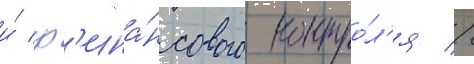
и́ ф'ина́нсового контро́л'я //